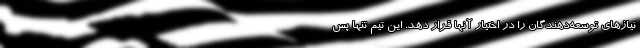
نیازهای توسعه‌دهندگان را در اختیار آنها قرار دهد. این تیم تنها پس